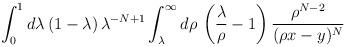
LaTeX: \begin{align*}\int_0^1 d\lambda \, (1-\lambda) \, \lambda^{-N+1} \int_\lambda^\infty d\rho \, \left( \frac{\lambda}{\rho} - 1 \right) \frac{\rho^{N-2}}{(\rho x - y)^N}\end{align*}